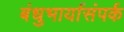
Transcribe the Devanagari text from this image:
बंधुभार्यासंपर्क